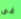
فى